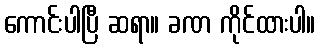
ကောင်းပါပြီ ဆရာ။ ခဏ ကိုင်ထားပါ။